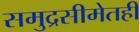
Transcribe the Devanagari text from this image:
समुद्रसीमेतही